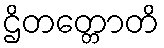
ဌိတတ္တောတိ